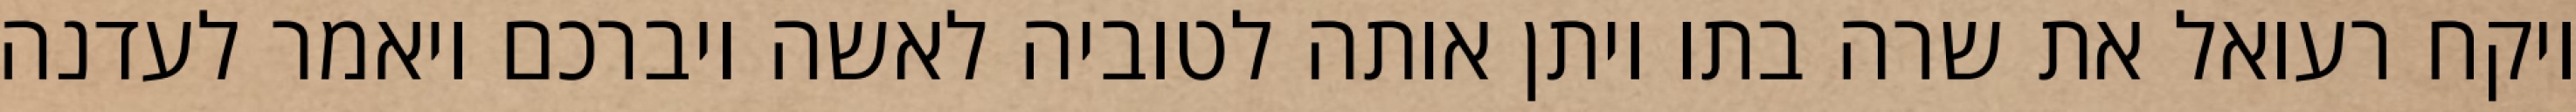
ויקח רעואל את שרה בתו ויתן אותה לטוביה לאשה ויברכם ויאמר לעדנה